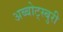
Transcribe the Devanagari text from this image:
अब्बोट्स्बुरी